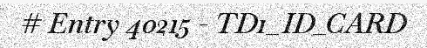
# Entry 40215 - TD1_ID_CARD